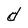
Character: d